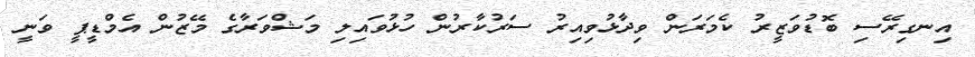
އިނގިރޭސި ބޮޑުވަޒީރު ކެމަރަން ވިދާޅުވިއިރު ސަރުކާރުން ހުޅުވައިލި މަޝްވަރާގެ މޭޒުން އެމްޑީޕީ ވަނީ